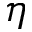
\eta